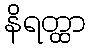
နိရတ္ထာ